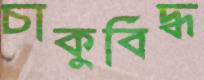
চাকুবিদ্ধ